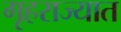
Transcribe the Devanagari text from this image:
गृहराज्यात